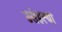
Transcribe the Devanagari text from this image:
उसेहत्या